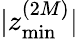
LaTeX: |z_{\operatorname*{min}}^{(2M)}|